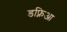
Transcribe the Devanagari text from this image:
डफ्निआ